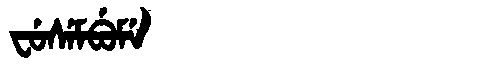
Manchu: ᠸᡠᠰᡝᠮᠪᡠᠮᡝ
Romanization: FUSEMBUME